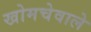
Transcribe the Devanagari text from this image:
खोमचेवाले